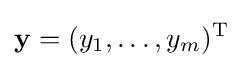
\mathbf {y} =(y_{1},\ldots ,y_{m})^{\mathrm {T} }